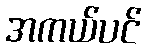
အကယ်ပင်